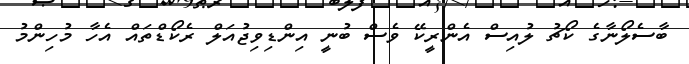
ބާސެލޯނާގެ ކޯޗު ލުއިސް އެންރީކޭ ވެސް ބުނީ އިންޑިވިޖުއަލް ރެކޯޑްތައް އެހާ މުހިންމު